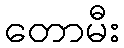
တောမီး